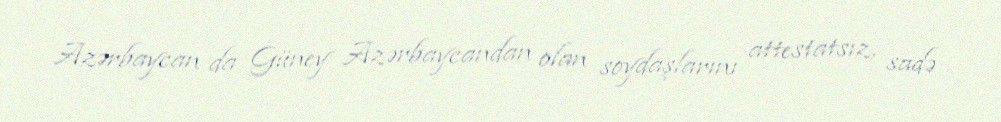
Azərbaycan da Güney Azərbaycandan olan soydaşlarını attestatsız, sadə